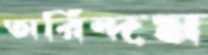
অরিন্দম